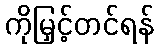
ကိုမြှင့်တင်ရန်